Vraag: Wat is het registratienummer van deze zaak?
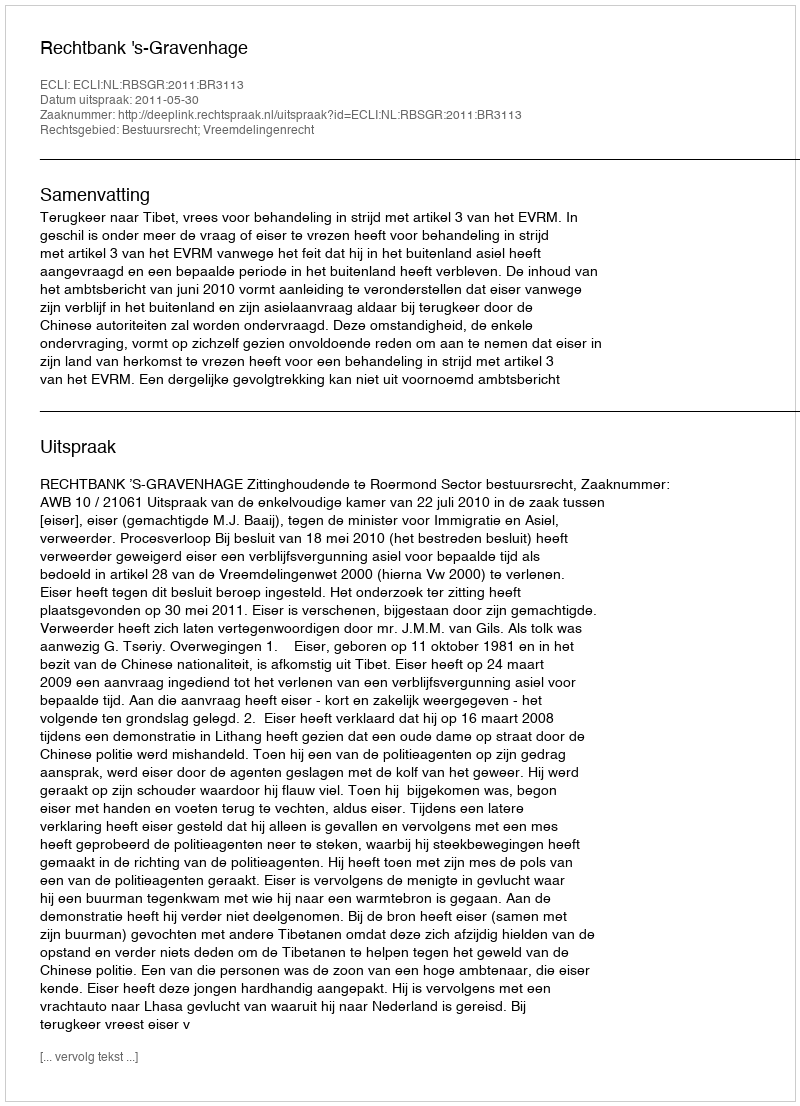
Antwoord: http://deeplink.rechtspraak.nl/uitspraak?id=ECLI:NL:RBSGR:2011:BR3113